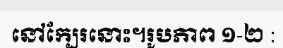
នៅក្បែរនោះ។រូបភាព ១-២ :